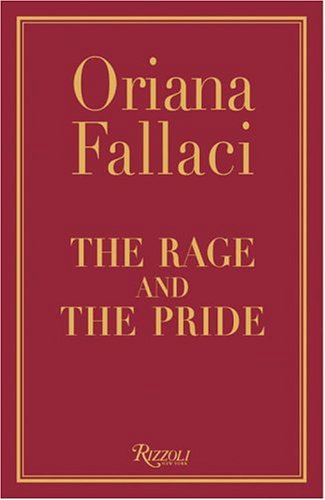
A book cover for The Rage and the Pride; Oriana Fallaci; History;